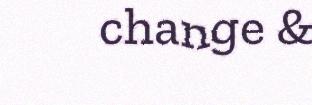
change &